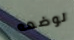
لوضعه